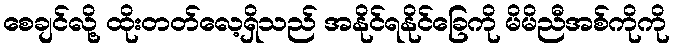
စေချင်လို့ ထိုးတတ်လေ့ရှိသည် အနိုင်ရနိုင်ခြေကို မိမိညီအစ်ကိုကို